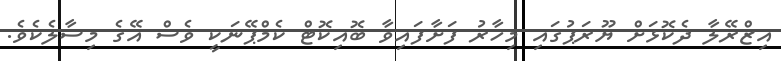
އިޒްރޭލާ ދެކޮޅަށް ޔޫރަޕުގައި މިހާރު ފަށާފައިވާ ބޮއިކޮޓް ކެމްޕޭނަކީ ވެސް އޭގެ މިސާލެކެވެ.